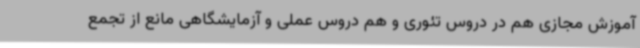
آموزش مجازی هم در دروس تئوری و هم دروس عملی و آزمایشگاهی مانع از تجمع